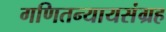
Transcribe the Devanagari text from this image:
गणितन्यायसंग्रह